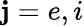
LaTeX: \mathbf{j}=e,i